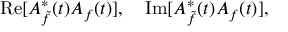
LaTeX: \mathrm { R e } [ A _ { \tilde { f } } ^ { \ast } ( t ) A _ { f } ( t ) ] , \quad \mathrm { I m } [ A _ { \tilde { f } } ^ { \ast } ( t ) A _ { f } ( t ) ] ,